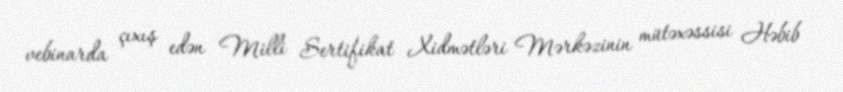
vebinarda çıxış edən Milli Sertifikat Xidmətləri Mərkəzinin mütəxəssisi Həbib